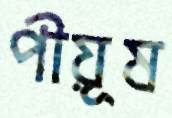
পীয়ূষ